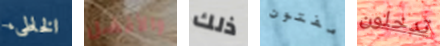
الخاطىء والأفضل ذلك مفتون تدخلون